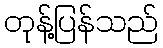
တုန့်ပြန်သည်